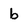
Character: b